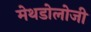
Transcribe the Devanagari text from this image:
मेथडोलोजी